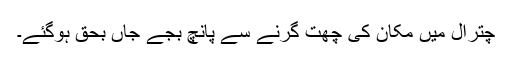
چترال میں مکان کی چھت گرنے سے پانچ بجے جاں بحق ہوگئے۔